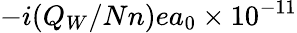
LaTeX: -i(Q_{W}/Nn)ea_{0}\times 10^{-11}